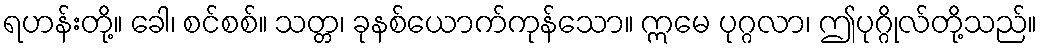
ရဟန်းတို့။ ခေါ၊ စင်စစ်။ သတ္တ၊ ခုနစ်ယောက်ကုန်သော။ ဣမေ ပုဂ္ဂလာ၊ ဤပုဂ္ဂိုလ်တို့သည်။